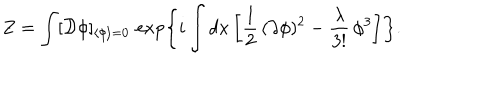
Z = \int [ { \cal D } \phi ] _ { \langle \phi \rangle = 0 } \, \exp \left\{ i \int d x \left[ \frac { 1 } { 2 } \, ( \partial \phi ) ^ { 2 } - \frac { \lambda } { 3 ! } \, \phi ^ { 3 } \right] \right\} .